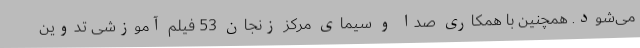
می‌شود. همچنین با همکاری صدا و سیمای مرکز زنجان 53 فیلم آموزشی تدوین